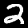
Label: 2